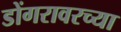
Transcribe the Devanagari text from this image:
डोंगरावरच्या